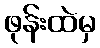
ဖုန်းထဲမှ